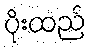
ပိုးထည်